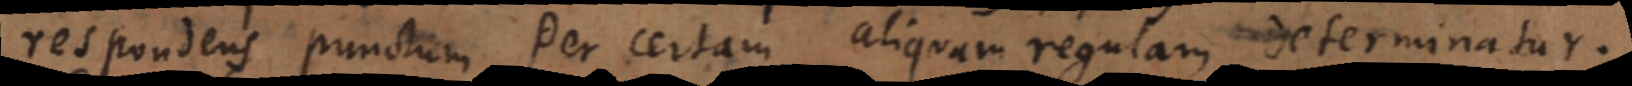
respondens punctum per certam aliquam regulam determinatur.